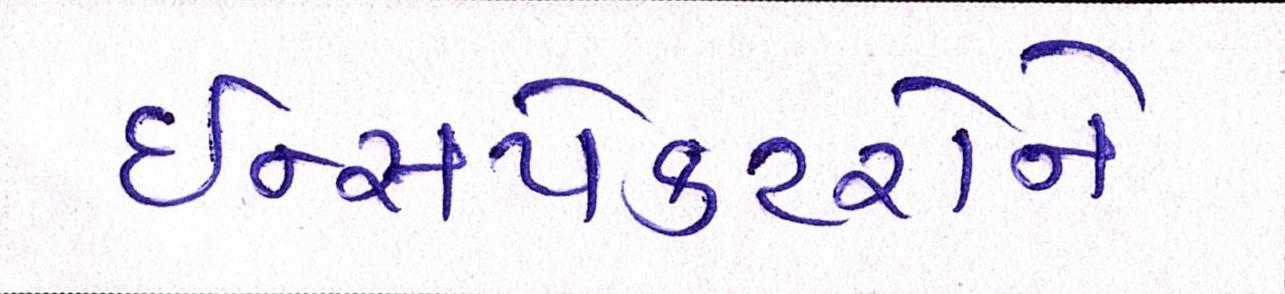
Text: ઈન્સપેકટરોને